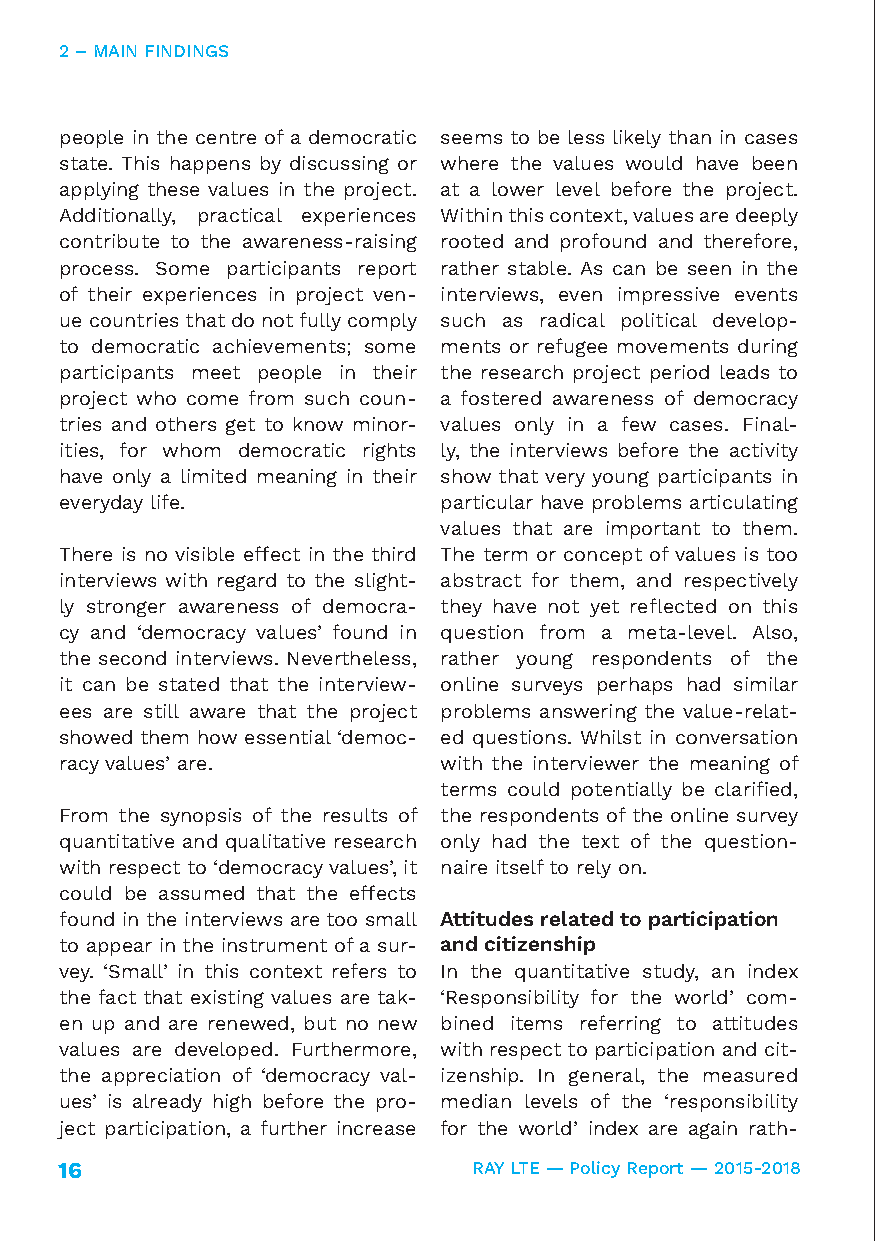
2 – MAIN FINDINGS
 people in the centre of a democratic seems to be less likely than in cases
 state. This happens by discussing or where the values would have been
 applying these values in the project. at a lower level before the project.
 Additionally, practical experiences Within this context, values are deeply
 contribute to the awareness-raising rooted and profound and therefore,
 process. Some participants report rather stable. As can be seen in the
 of their experiences in project ven- interviews, even impressive events
 ue countries that do not fully comply such as radical political develop-
 to democratic achievements; some ments or refugee movements during
 participants meet people in their the research project period leads to
 project who come from such coun- a fostered awareness of democracy
 tries and others get to know minor- values only in a few cases. Final-
 ities, for whom democratic rights ly, the interviews before the activity
 have only a limited meaning in their show that very young participants in
 everyday life.           particular have problems articulating
 values that are important to them.
 There is no visible effect in the third The term or concept of values is too
 interviews with regard to the slight- abstract for them, and respectively
 ly stronger awareness of democra- they have not yet reflected on this
 cy and ‘democracy values’ found in question from a meta-level. Also,
 the second interviews. Nevertheless, rather young respondents of the
 it can be stated that the interview- online surveys perhaps had similar
 ees are still aware that the project problems answering the value-relat-
 showed them how essential ‘democ- ed questions. Whilst in conversation
 racy values’ are.        with the interviewer the meaning of
 terms could potentially be clarified,
 From the synopsis of the results of the respondents of the online survey
 quantitative and qualitative research only had the text of the question-
 with respect to ‘democracy values’, it naire itself to rely on.
 could be assumed that the effects
 found in the interviews are too small Attitudes related to participation
 to appear in the instrument of a sur- and citizenship
 vey. ‘Small’ in this context refers to In the quantitative study, an index
 the fact that existing values are tak- ‘Responsibility for the world’ com-
 en up and are renewed, but no new bined items referring to attitudes
 values are developed. Furthermore, with respect to participation and cit-
 the appreciation of ‘democracy val- izenship. In general, the measured
 ues’ is already high before the pro- median levels of the ‘responsibility
 ject participation, a further increase for the world’ index are again rath-
 16                         RAY LTE — Policy Report — 2015-2018